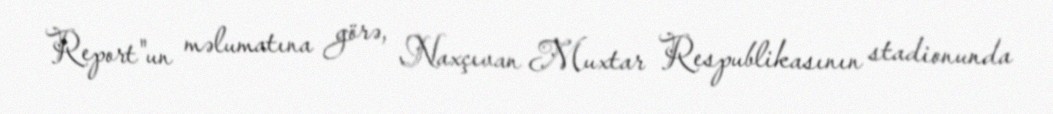
Report"un məlumatına görə, Naxçıvan Muxtar Respublikasının stadionunda